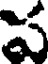
ప